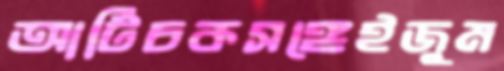
আর্টিচকসঙ্গেইজুম